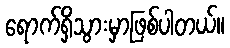
ရောက်ရှိသွားမှာဖြစ်ပါတယ်။